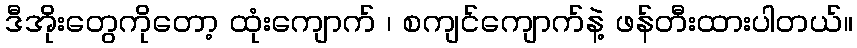
ဒီအိုးတွေကိုတော့ ထုံးကျောက် ၊ စကျင်ကျောက်နဲ့ ဖန်တီးထားပါတယ်။